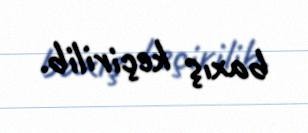
baxış keçirilib.